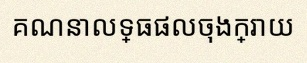
គណនាលទ្ធផលចុងក្រោយ